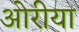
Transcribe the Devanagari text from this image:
ओरीया